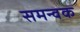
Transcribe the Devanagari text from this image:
समन्वक